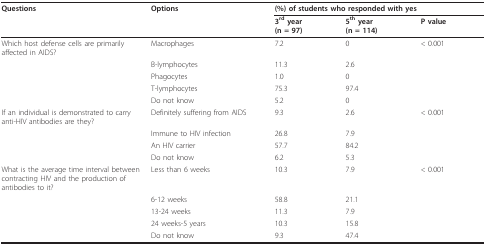
<table><thead><tr><td><b>Questions</b></td><td><b>Options</b></td><td colspan="3"><b>(%) of students who responded with yes</b></td></tr><tr><td>[EMPTY_CELL]</td><td>[EMPTY_CELL]</td><td><b>3<sup>rd </sup>year(n = 97)</b></td><td><b>5<sup>th </sup>year(n = 114)</b></td><td><b>P value</b></td></tr></thead><tbody><tr><td>Which host defense cells are primarily affected in AIDS?</td><td>Macrophages</td><td>7.2</td><td>0</td><td>&lt; 0.001</td></tr><tr><td>[EMPTY_CELL]</td><td>B-lymphocytes</td><td>11.3</td><td>2.6</td><td>[EMPTY_CELL]</td></tr><tr><td>[EMPTY_CELL]</td><td>Phagocytes</td><td>1.0</td><td>0</td><td>[EMPTY_CELL]</td></tr><tr><td>[EMPTY_CELL]</td><td>T-lymphocytes</td><td>75.3</td><td>97.4</td><td>[EMPTY_CELL]</td></tr><tr><td>[EMPTY_CELL]</td><td>Do not know</td><td>5.2</td><td>0</td><td>[EMPTY_CELL]</td></tr><tr><td>If an individual is demonstrated to carry anti-HIV antibodies are they?</td><td>Definitely suffering from AIDS</td><td>9.3</td><td>2.6</td><td>&lt; 0.001</td></tr><tr><td>[EMPTY_CELL]</td><td>Immune to HIV infection</td><td>26.8</td><td>7.9</td><td>[EMPTY_CELL]</td></tr><tr><td>[EMPTY_CELL]</td><td>An HIV carrier</td><td>57.7</td><td>84.2</td><td>[EMPTY_CELL]</td></tr><tr><td>[EMPTY_CELL]</td><td>Do not know</td><td>6.2</td><td>5.3</td><td>[EMPTY_CELL]</td></tr><tr><td>What is the average time interval between contracting HIV and the production of antibodies to it?</td><td>Less than 6 weeks</td><td>10.3</td><td>7.9</td><td>&lt; 0.001</td></tr><tr><td>[EMPTY_CELL]</td><td>6-12 weeks</td><td>58.8</td><td>21.1</td><td>[EMPTY_CELL]</td></tr><tr><td>[EMPTY_CELL]</td><td>13-24 weeks</td><td>11.3</td><td>7.9</td><td>[EMPTY_CELL]</td></tr><tr><td>[EMPTY_CELL]</td><td>24 weeks-5 years</td><td>10.3</td><td>15.8</td><td>[EMPTY_CELL]</td></tr><tr><td>[EMPTY_CELL]</td><td>Do not know</td><td>9.3</td><td>47.4</td><td>[EMPTY_CELL]</td></tr></tbody></table>